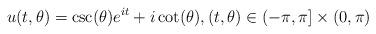
LaTeX: \begin{align*} u(t,\theta) = \csc(\theta)e^{it} + i\cot(\theta), (t,\theta)\in (-\pi,\pi ]\times (0,\pi)\end{align*}